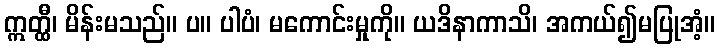
ဣတ္ထီ၊ မိန်းမသည်။ ပ။ ပါပံ၊ မကောင်းမှုကို။ ယဒိနာကာသိ၊ အကယ်၍မပြုအံ့။